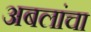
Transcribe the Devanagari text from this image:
अबलांचा